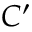
C ^ { \prime }